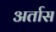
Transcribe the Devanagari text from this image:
अर्तास